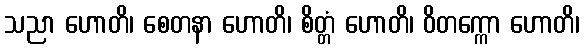
သညာ ဟောတိ၊ စေတနာ ဟောတိ၊ စိတ္တံ ဟောတိ၊ ဝိတက္ကော ဟောတိ၊